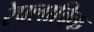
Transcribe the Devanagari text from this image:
रेफ्लाविक